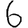
Digit: 6